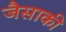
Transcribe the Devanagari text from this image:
जैसाकी